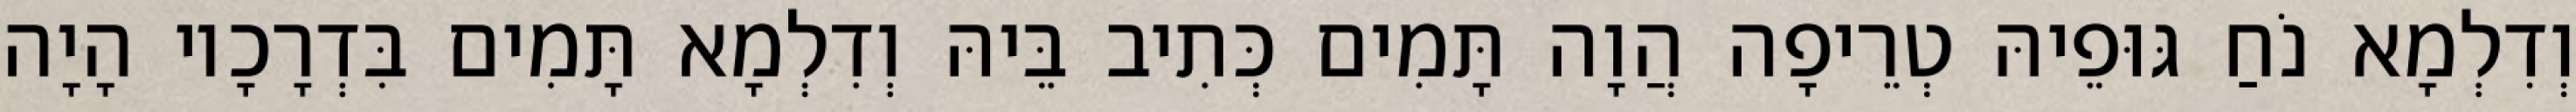
וְדִלְמָא נֹחַ גּוּפֵיהּ טְרֵיפָה הֲוָה תָּמִים כְּתִיב בֵּיהּ וְדִלְמָא תָּמִים בִּדְרָכָיו הָיָה